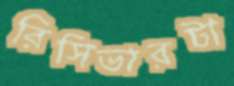
রিসিভারটা